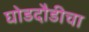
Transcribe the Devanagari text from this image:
घोडदौडीचा